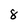
Character: 8